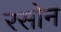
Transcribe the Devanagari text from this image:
रसोन